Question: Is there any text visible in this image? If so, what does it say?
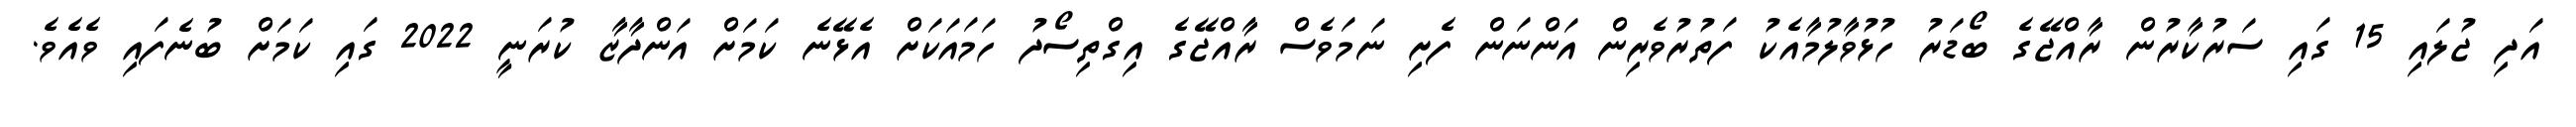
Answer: އަދި ޖުލައި 15 ގައި ސަރުކާރުން ރާއްޖޭގެ ބޯޑަރު ހުޅުވާލުމާއެކު ފަތުރުވެރިން އަންނަން ފެށި ނަމަވެސް ރާއްޖޭގެ އިގްތިސޯދު ހަމައަކަށް އެޅޭނެ ކަމަށް އަންދާޒާ ކުރަނީ 2022 ގައި ކަމަށް ބުނެފައި ވެއެވެ.